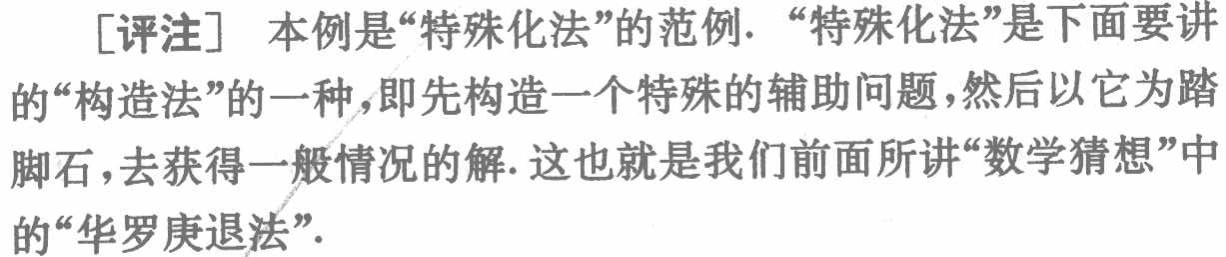
[评注] 本例是“特殊化法”的范例. “特殊化法”是下面要讲的“构造法”的一种，即先构造一个特殊的辅助问题，然后以它为踏脚石，去获得一般情况的解. 这也就是我们前面所讲“数学猜想”中的“华罗庚退法”.